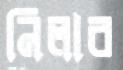
নিলার